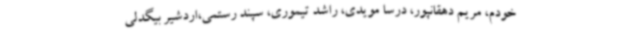
خودم، مریم دهقانپور، درسا مویدی، راشد تیموری، سپند رستمی،اردشیر بیگدلی